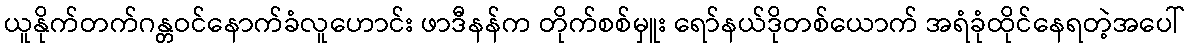
ယူနိုက်တက်ဂန္တဝင်နောက်ခံလူဟောင်း ဖာဒီနန်က တိုက်စစ်မှူး ရော်နယ်ဒိုတစ်ယောက် အရံခုံထိုင်နေရတဲ့အပေါ်